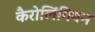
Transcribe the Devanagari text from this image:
कैरोलिंगियन